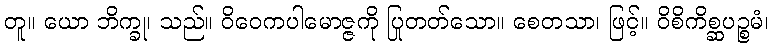
တူ။ ယော ဘိက္ခု၊ သည်။ ဝိဝေကပါမောဇ္ဇကို ပြုတတ်သော။ စေတသာ၊ ဖြင့်။ ဝိစိကိစ္ဆပဉ္စမံ၊